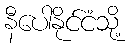
နီပေါနိုင်ငံသို့